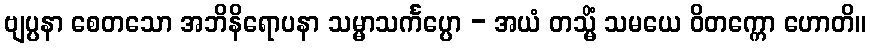
ဗျပ္ပနာ စေတသော အဘိနိရောပနာ သမ္မာသင်္ကပ္ပော - အယံ တသ္မိံ သမယေ ဝိတက္ကော ဟောတိ။